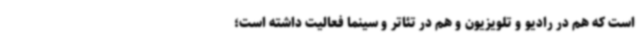
است که هم در رادیو و تلویزیون و هم در تئاتر و سینما فعالیت داشته است؛